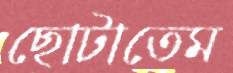
ছোটাতেম